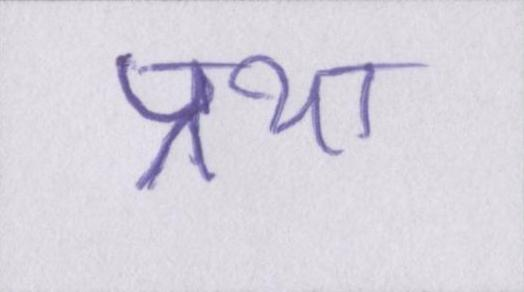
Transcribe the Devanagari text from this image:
प्रथा